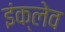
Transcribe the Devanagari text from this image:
इंक्लेव